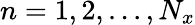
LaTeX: n=1,2,...,N_{x}